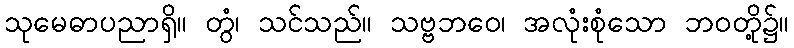
သုမေဓာပညာရှိ။ တွံ၊ သင်သည်။ သဗ္ဗဘဝေ၊ အလုံးစုံသော ဘဝတို့၌။